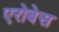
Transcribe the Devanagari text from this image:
एरोबेस